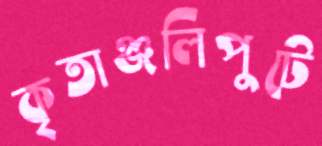
কৃতাঞ্জলিপুটে